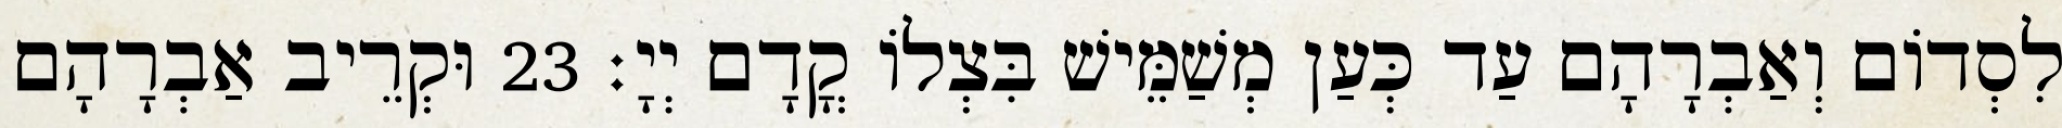
לִסְדוֹם וְאַבְרָהָם עַד כְּעַן מְשַׁמֵּישׁ בִּצְלוֹ קֳדָם יְיָ׃ 23 וּקְרֵיב אַבְרָהָם